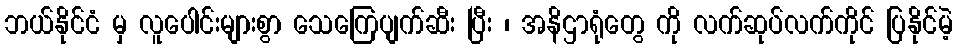
ဘယ်နိုင်ငံ မှ လူပေါင်းများစွာ သေကြေပျက်ဆီး ပြီး ၊ အနိဌာရုံတွေ ကို လက်ဆုပ်လက်ကိုင် ပြနိုင်မဲ့